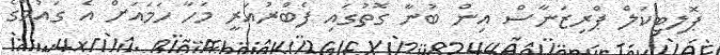
ޕޮލިޓިކަލް ޕްރިޒަނާސް އިން ބުނާ ގޮތުގައި ފެބްރުއަރީ މަހާ ހަމައަށް އެ ގައުމުގެ